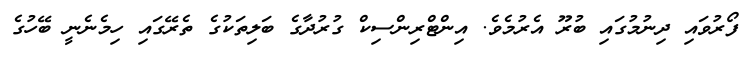
ފޯރުވައި ދިނުމުގައި ބުރޫ އެރުމެވެ. އިންޓްރިންސިކް ގުރުދާގެ ބަލިތަކުގެ ތެރޭގައި ހިމެނެނީ ބޭހުގެ